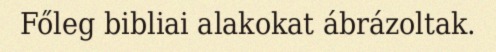
Főleg bibliai alakokat ábrázoltak.